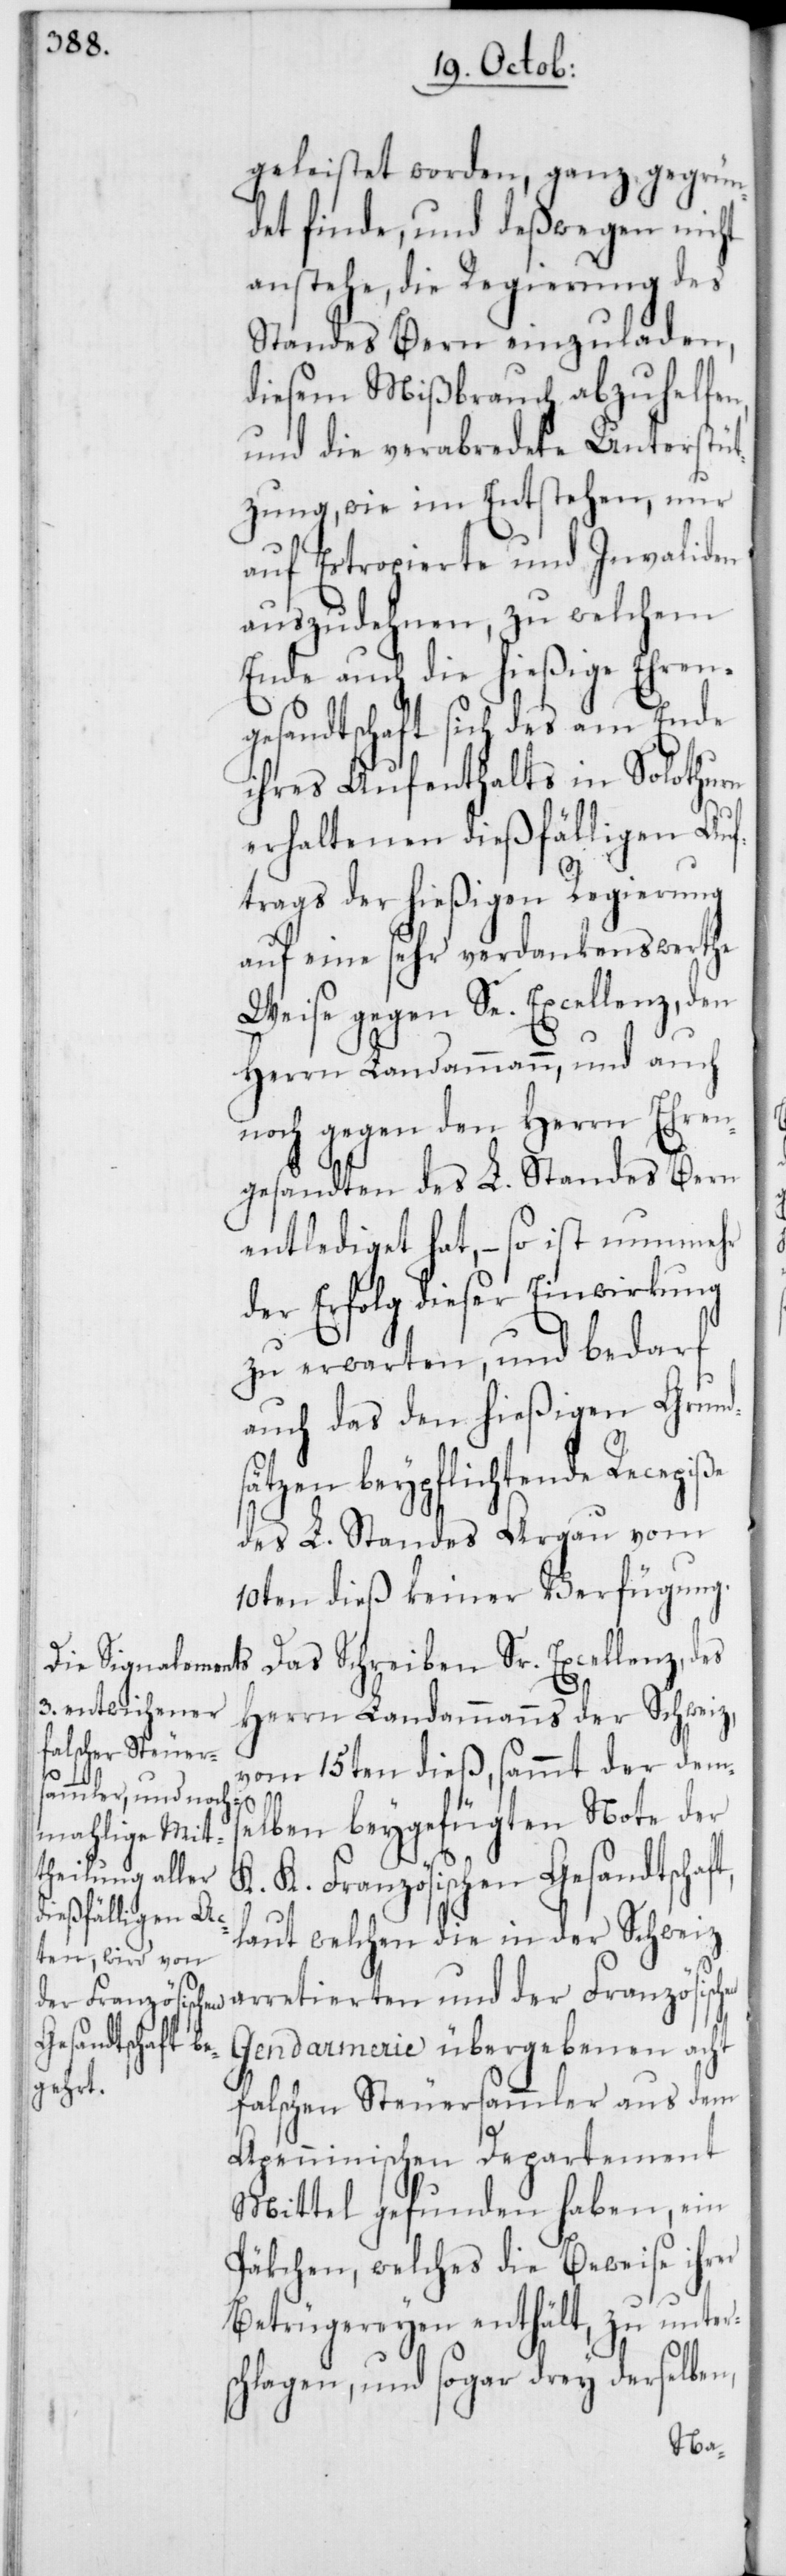
geleistet worden, ganz gegrün¬
det finde, und deßwegen nicht
anstehe, die Regierung des
Standes Bern einzuladen,
diesem Mißbrauch abzuhelfen,
und die verabredete Unterstüt¬
zung, wie im Entstehen, nur
auf Estropierte und Invaliden
auszudehnen, zu welchem
Ende auch die hießige Ehren¬
gesandtschaft sich des am Ende
ihres Aufenthalts in Solothurn
erhaltenen dießfälligen Auf¬
trags der hießigen Regierung
auf eine sehr verdankenswerthe
Weise gegen Se. Excellenz, den
Herrn Landammann, und auch
noch gegen den Herrn Ehren¬
gesandten des L. Standes Bern
entlediget hat, – so ist nunmehr
der Erfolg dieser Einwirkung
zu erwarten, und bedarf
auch das den hießigen Grund¬
sätzen beypflichtende Recepiße
des L. Standes Argau vom
10ten dieß keiner Verfügung.
Das Schreiben Sr. Excellenz, d¬
Herrn Landammanns der Schweiz,
vom 15ten dieß, sammt der dems¬
sc¬
elben beygefügten Note der
K. K. Französischen Gesandtschaf¬
laut welchen die in der Schweiz
Gendarmerie übergebenen acht
falschen Steuersammler aus dem
Apenninischen Departement
Mittel gefunden haben, ein
Päkchen, welches die Beweise ihrer
Betrügereyen enthält, zu unter¬
hlagen, und sogar drey derselben,